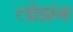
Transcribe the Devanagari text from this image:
लोझंग